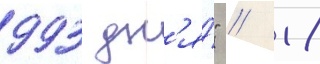
993 дн'я́" // 18